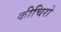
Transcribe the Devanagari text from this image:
कीचिरो